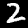
Label: 2